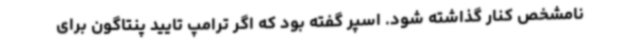
نامشخص کنار گذاشته شود. اسپر گفته بود که اگر ترامپ تایید پنتاگون برای